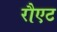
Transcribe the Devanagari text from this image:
रौएट